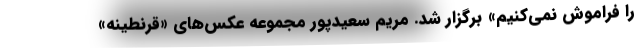
را فراموش نمی‌کنیم» برگزار شد. مریم سعیدپور مجموعه عکس‌های «قرنطینه»